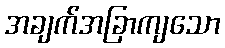
အချက်အခြာကျသော